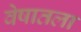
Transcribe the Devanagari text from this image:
वेषातला